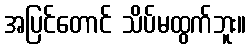
အပြင်တောင် သိပ်မထွက်ဘူး။